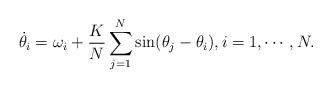
LaTeX: \begin{align*} {\dot \theta}_i = \omega_i + \frac{K}{N} \sum_{j=1}^{N} \sin (\theta_j - \theta_i), i =1, \cdots, N.\end{align*}